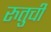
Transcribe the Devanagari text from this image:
रुतुची